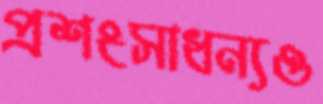
প্রশংসাধন্যও